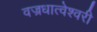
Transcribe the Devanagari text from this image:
वज्रधात्वेश्वरी